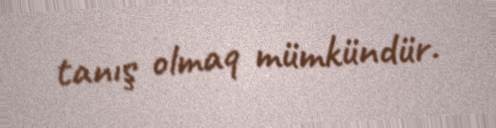
tanış olmaq mümkündür.